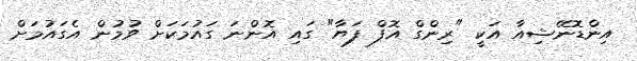
އިންޑޮނޭޝިއާ އަކީ "ރިންގް އޮފް ފަޔާ" ގައި އޮންނަ ގައުމަކަށް ވުމުން އެގައުމަށް